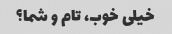
خیلی خوب، تام و شما؟